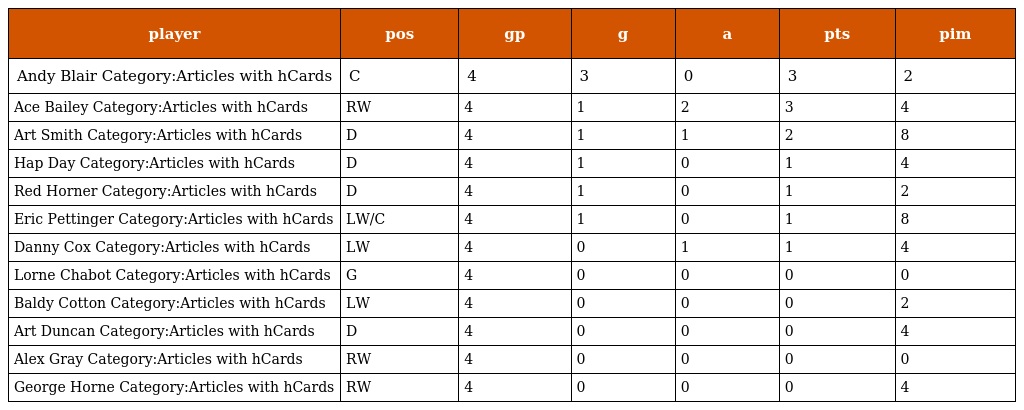
| player | pos | gp | g | a | pts | pim |
 | --- | --- | --- | --- | --- | --- | --- |
 | Andy Blair Category:Articles with hCards | C | 4 | 3 | 0 | 3 | 2 |
 | Ace Bailey Category:Articles with hCards | RW | 4 | 1 | 2 | 3 | 4 |
 | Art Smith Category:Articles with hCards | D | 4 | 1 | 1 | 2 | 8 |
 | Hap Day Category:Articles with hCards | D | 4 | 1 | 0 | 1 | 4 |
 | Red Horner Category:Articles with hCards | D | 4 | 1 | 0 | 1 | 2 |
 | Eric Pettinger Category:Articles with hCards | LW/C | 4 | 1 | 0 | 1 | 8 |
 | Danny Cox Category:Articles with hCards | LW | 4 | 0 | 1 | 1 | 4 |
 | Lorne Chabot Category:Articles with hCards | G | 4 | 0 | 0 | 0 | 0 |
 | Baldy Cotton Category:Articles with hCards | LW | 4 | 0 | 0 | 0 | 2 |
 | Art Duncan Category:Articles with hCards | D | 4 | 0 | 0 | 0 | 4 |
 | Alex Gray Category:Articles with hCards | RW | 4 | 0 | 0 | 0 | 0 |
 | George Horne Category:Articles with hCards | RW | 4 | 0 | 0 | 0 | 4 |